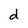
Character: d